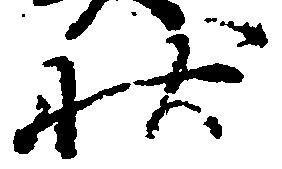
状